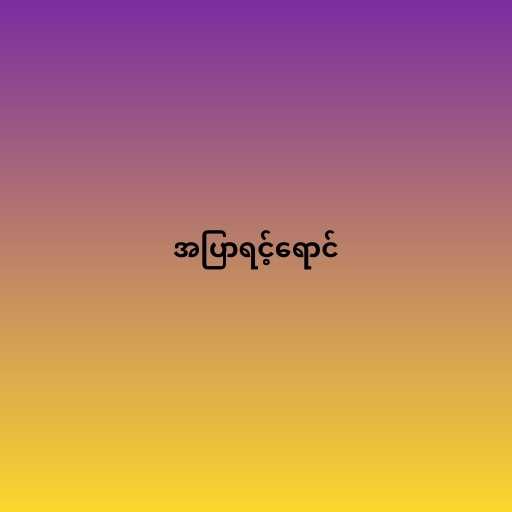
အပြာရင့်ရောင်